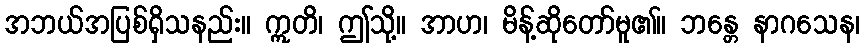
အဘယ်အပြစ်ရှိသနည်း။ ဣတိ၊ ဤသို့။ အာဟ၊ မိန့်ဆိုတော်မူ၏။ ဘန္တေ နာဂသေန၊